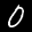
Label: 0